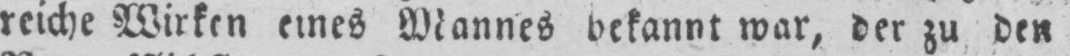
reiche Wirken eines Mannes bekannt war, der zu den